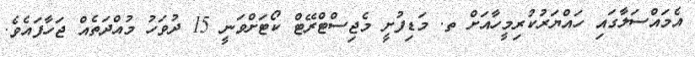
އެމައްސަލާގައި ހައްޔަރުކުރިމީހާއަށް ތ. މަޑިފުށީ މެޖިސްޓްރޭޓް ކޯޓަށްވަނީ 15 ދުވަހު މުއްދަތެއް ޖަހާފައެވެ.